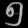
Digit: ၅